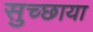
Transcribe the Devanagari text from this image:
सुच्छाया